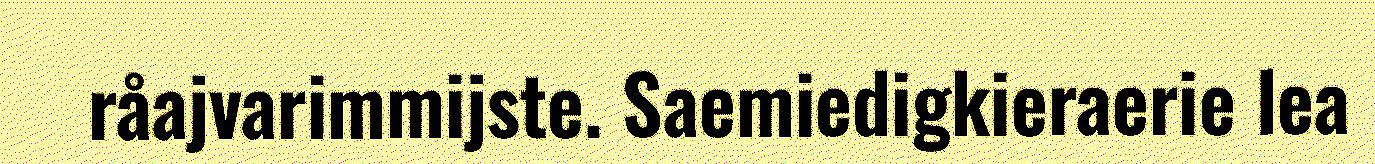
råajvarimmijste. Saemiedigkieraerie lea